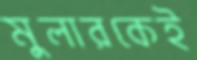
মুলারকেই